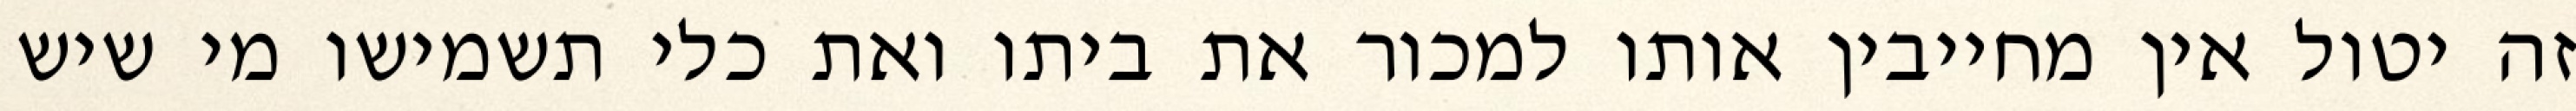
זה יטול אין מחייבין אותו למכור את ביתו ואת כלי תשמישו מי שיש